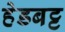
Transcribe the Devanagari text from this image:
हेडबट्ट